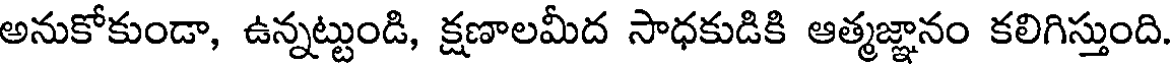
అనుకోకుండా, ఉన్నట్టుండి, క్షణాలమీద సాధకుడికి ఆత్మజ్ఞానం కలిగిస్తుంది.